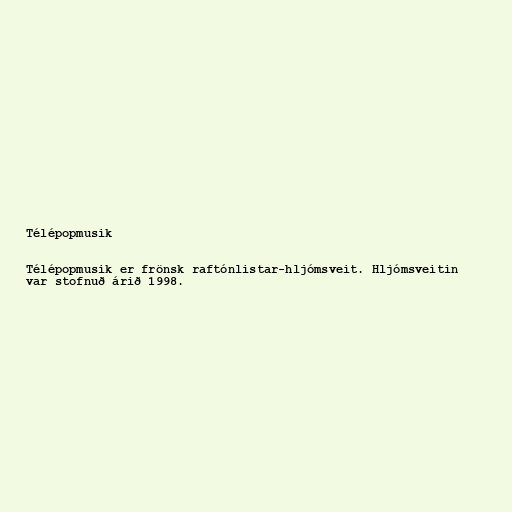
Télépopmusik

Télépopmusik er frönsk raftónlistar-hljómsveit. Hljómsveitin
var stofnuð árið 1998.